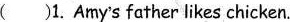
( )1. Amy's father likes chicken.